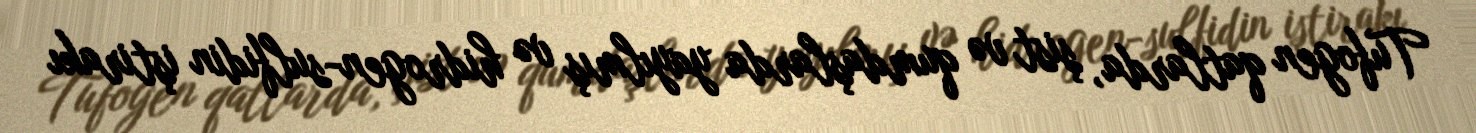
Tufogen qatlarda, şist və qumdaşlarda yayılmış və hidrogen-sulfidin iştirakı